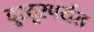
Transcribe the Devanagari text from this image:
दूरदूरपर्यंत